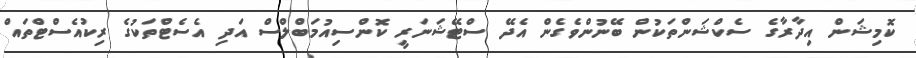
ކޮމިޝަން އިދާރާގެ ސެކްޝަންތަކުން ބޭނުންވެގެން އެދޭ ސްޓޭޝަނަރީ ކޮންސިއުމަބްލްސް އަދި އެސެޓްތަކުގެ ރިކުއެސްޓްތައް